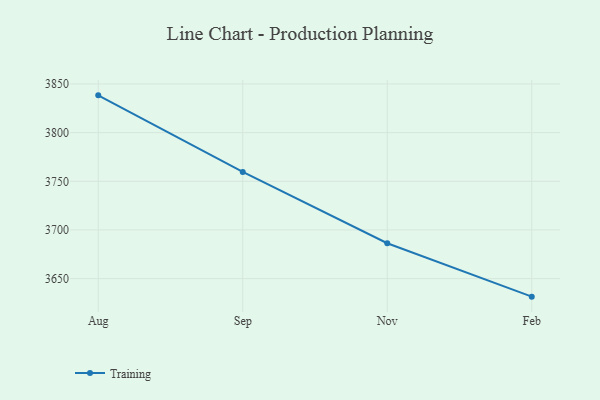
{"axis": {"x": "Month", "y": "Conversion Rate (%)"}, "legend": ["Training"], "data": [{"x": "Aug", "y": 3838.3, "type": "Training"}, {"x": "Sep", "y": 3759.6, "type": "Training"}, {"x": "Nov", "y": 3686.4, "type": "Training"}, {"x": "Feb", "y": 3631.5, "type": "Training"}]}